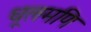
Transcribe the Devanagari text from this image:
धूलमणि